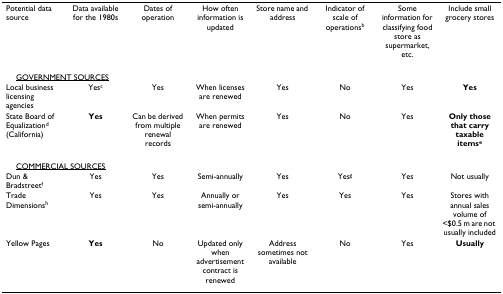
<table><thead><tr><td><b>Potential data source</b></td><td><b>Data available for the 1980s</b></td><td><b>Dates of operation</b></td><td><b>How often information is updated</b></td><td><b>Store name and address</b></td><td><b>Indicator of scale of operations<sup>b</sup></b></td><td><b>Some information for classifying food store as supermarket, etc.</b></td><td><b>Include small grocery stores</b></td></tr></thead><tbody><tr><td colspan="8"> <underline>GOVERNMENT SOURCES</underline></td></tr><tr><td>Local business licensing agencies</td><td>Yes<sup>c</sup></td><td>Yes</td><td>When licenses are renewed</td><td>Yes</td><td>No</td><td>Yes</td><td><b>Yes</b></td></tr><tr><td>State Board of Equalization<sup>d </sup>(California)</td><td><b>Yes</b></td><td>Can be derived from multiple renewal records</td><td>When permits are renewed</td><td>Yes</td><td>No</td><td>Yes</td><td><b>Only those that carry taxable items<sup>e</sup></b></td></tr><tr><td colspan="8"> <underline>COMMERCIAL SOURCES</underline></td></tr><tr><td>Dun &amp; Bradstreet<sup>f</sup></td><td>Yes</td><td>Yes</td><td>Semi-annually</td><td>Yes</td><td>Yes<sup>g</sup></td><td>Yes</td><td>Not usually</td></tr><tr><td>Trade Dimensions<sup>h</sup></td><td>Yes</td><td>Yes</td><td>Annually or semi-annually</td><td>Yes</td><td>Yes</td><td>Yes</td><td>Stores with annual sales volume of &lt;$0.5 m are not usually included</td></tr><tr><td>Yellow Pages</td><td><b>Yes</b></td><td>No</td><td>Updated only when advertisement contract is renewed</td><td>Address sometimes not available</td><td>No</td><td>Yes</td><td><b>Usually</b></td></tr></tbody></table>